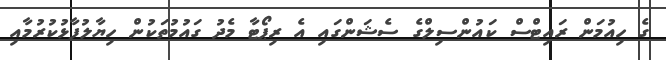
ގެ ހިއުމަން ރައިޓްސް ކައުންސިލްގެ ސެޝަންގައި އެ ރިޕޯޓާ މެދު ގައުމުތަކުން ހިޔާލުފާޅުކުރުމާއި